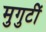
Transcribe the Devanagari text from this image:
मुगुटीं